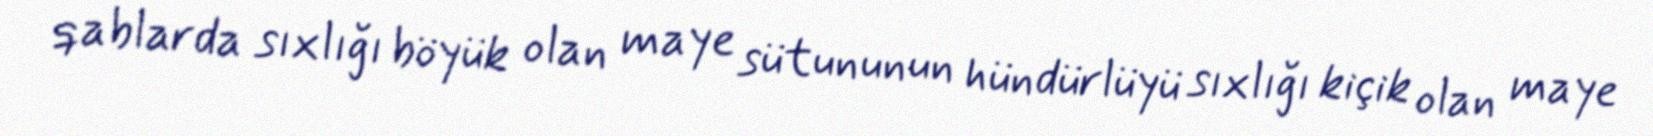
qablarda sıxlığı böyük olan maye sütununun hündürlüyü sıxlığı kiçik olan maye